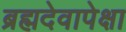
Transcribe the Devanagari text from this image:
ब्रह्मदेवापेक्षा